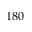
1 8 0